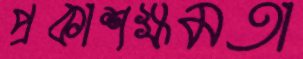
প্রকাশক্ষমতা